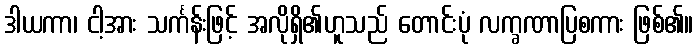
ဒါယကာ၊ ငါ့အား သင်္ကန်းဖြင့် အလိုရှိ၏ဟူသည် တောင်းပုံ လက္ခဏာပြစကား ဖြစ်၏။